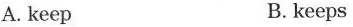
A. keep B.keeps